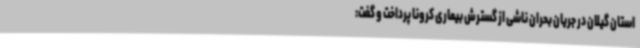
استان گیلان در جریان بحران ناشی از گسترش بیماری کرونا پرداخت و گفت: